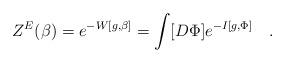
LaTeX: \begin{align*}Z^E(\beta)=e^{-W[g,\beta]}=\int [D\Phi] e^{-I[g,\Phi]}~~~.\end{align*}